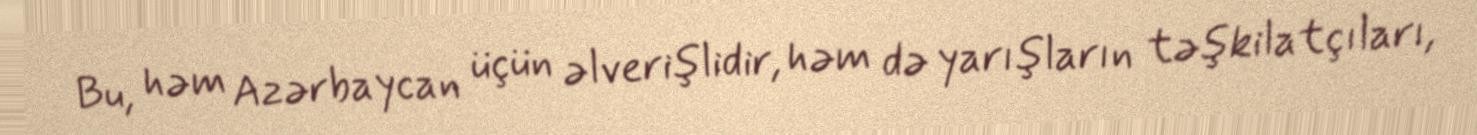
Bu, həm Azərbaycan üçün əlverişlidir, həm də yarışların təşkilatçıları,